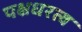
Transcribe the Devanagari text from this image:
पक्षधरत्व